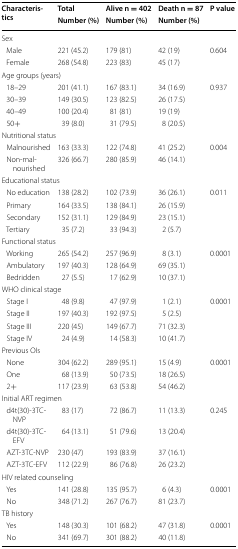
<table><thead><tr><td rowspan="2"><b>Characteristics</b></td><td><b>Total</b></td><td><b>Alive n = 402</b></td><td><b>Death n = 87</b></td><td rowspan="2"><b>P value</b></td></tr><tr><td><b>Number (%)</b></td><td><b>Number (%)</b></td><td><b>Number (%)</b></td></tr></thead><tbody><tr><td colspan="5">Sex</td></tr><tr><td> Male</td><td>221 (45.2)</td><td>179 (81)</td><td>42 (19)</td><td>0.604</td></tr><tr><td> Female</td><td>268 (54.8)</td><td>223 (83)</td><td>45 (17)</td><td></td></tr><tr><td colspan="5">Age groups (years)</td></tr><tr><td> 18–29</td><td>201 (41.1)</td><td>167 (83.1)</td><td>34 (16.9)</td><td>0.937</td></tr><tr><td> 30–39</td><td>149 (30.5)</td><td>123 (82.5)</td><td>26 (17.5)</td><td></td></tr><tr><td> 40–49</td><td>100 (20.4)</td><td>81 (81)</td><td>19 (19)</td><td></td></tr><tr><td> 50+</td><td>39 (8.0)</td><td>31 (79.5)</td><td>8 (20.5)</td><td></td></tr><tr><td colspan="5">Nutritional status</td></tr><tr><td> Malnourished</td><td>163 (33.3)</td><td>122 (74.8)</td><td>41 (25.2)</td><td>0.004</td></tr><tr><td> Non-malnourished</td><td>326 (66.7)</td><td>280 (85.9)</td><td>46 (14.1)</td><td></td></tr><tr><td colspan="5">Educational status</td></tr><tr><td> No education</td><td>138 (28.2)</td><td>102 (73.9)</td><td>36 (26.1)</td><td>0.011</td></tr><tr><td> Primary</td><td>164 (33.5)</td><td>138 (84.1)</td><td>26 (15.9)</td><td></td></tr><tr><td> Secondary</td><td>152 (31.1)</td><td>129 (84.9)</td><td>23 (15.1)</td><td></td></tr><tr><td> Tertiary</td><td>35 (7.2)</td><td>33 (94.3)</td><td>2 (5.7)</td><td></td></tr><tr><td colspan="5">Functional status</td></tr><tr><td> Working</td><td>265 (54.2)</td><td>257 (96.9)</td><td>8 (3.1)</td><td>0.0001</td></tr><tr><td> Ambulatory</td><td>197 (40.3)</td><td>128 (64.9)</td><td>69 (35.1)</td><td></td></tr><tr><td> Bedridden</td><td>27 (5.5)</td><td>17 (62.9)</td><td>10 (37.1)</td><td></td></tr><tr><td colspan="5">WHO clinical stage</td></tr><tr><td> Stage I</td><td>48 (9.8)</td><td>47 (97.9)</td><td>1 (2.1)</td><td>0.0001</td></tr><tr><td> Stage II</td><td>197 (40.3)</td><td>192 (97.5)</td><td>5 (2.5)</td><td></td></tr><tr><td> Stage III</td><td>220 (45)</td><td>149 (67.7)</td><td>71 (32.3)</td><td></td></tr><tr><td> Stage IV</td><td>24 (4.9)</td><td>14 (58.3)</td><td>10 (41.7)</td><td></td></tr><tr><td colspan="5">Previous OIs</td></tr><tr><td> None</td><td>304 (62.2)</td><td>289 (95.1)</td><td>15 (4.9)</td><td>0.0001</td></tr><tr><td> One</td><td>68 (13.9)</td><td>50 (73.5)</td><td>18 (26.5)</td><td></td></tr><tr><td> 2+</td><td>117 (23.9)</td><td>63 (53.8)</td><td>54 (46.2)</td><td></td></tr><tr><td colspan="5">Initial ART regimen</td></tr><tr><td> d4t(30)-3TC-NVP</td><td>83 (17)</td><td>72 (86.7)</td><td>11 (13.3)</td><td>0.245</td></tr><tr><td> d4t(30)-3TC-EFV</td><td>64 (13.1)</td><td>51 (79.6)</td><td>13 (20.4)</td><td></td></tr><tr><td> AZT-3TC-NVP</td><td>230 (47)</td><td>193 (83.9)</td><td>37 (16.1)</td><td></td></tr><tr><td> AZT-3TC-EFV</td><td>112 (22.9)</td><td>86 (76.8)</td><td>26 (23.2)</td><td></td></tr><tr><td colspan="5">HIV related counseling</td></tr><tr><td> Yes</td><td>141 (28.8)</td><td>135 (95.7)</td><td>6 (4.3)</td><td>0.0001</td></tr><tr><td> No</td><td>348 (71.2)</td><td>267 (76.7)</td><td>81 (23.7)</td><td></td></tr><tr><td colspan="5">TB history</td></tr><tr><td> Yes</td><td>148 (30.3)</td><td>101 (68.2)</td><td>47 (31.8)</td><td>0.0001</td></tr><tr><td> No</td><td>341 (69.7)</td><td>301 (88.2)</td><td>40 (11.8)</td><td></td></tr></tbody></table>